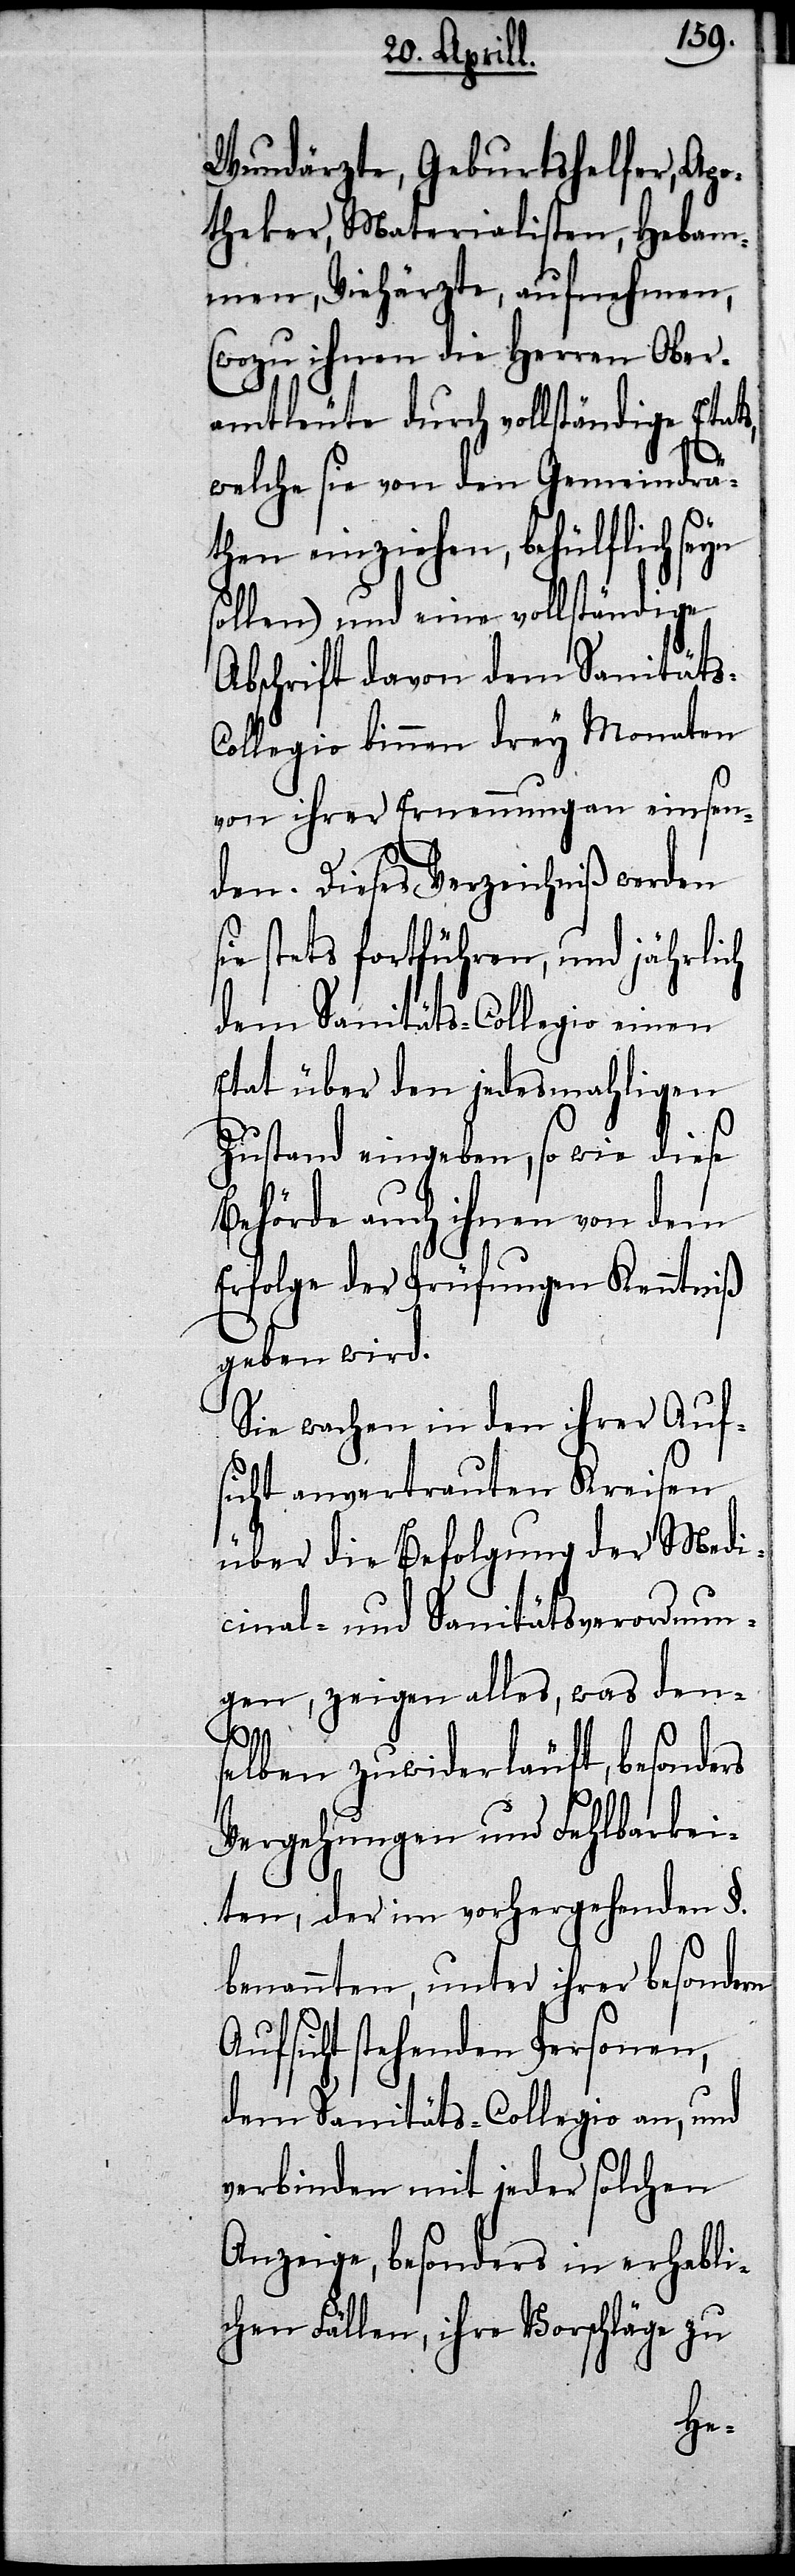
Wundärzte, Geburtshelfer, Apo¬
theker, Materialisten, Hebam¬
men, Viehärzte, aufnehmen,
(wozu ihnen die Herren Ober¬
amtleute durch vollständige Etats,
welche sie von den Gemeindrä¬
then einziehen, behülflich se¬
sollen) und eine vollständige
Abschrift davon dem Sanitäts-C¬
ollegio binnen drey Monaten
von ihrer Ernennung einsen¬
den. Dieses Verzeichniß werden
ie stets fortführen, und jährlich
dem Sanitäts-Collegio einen
Etat über den jedesmahligen
Zustand eingeben, so wie diese
Behörde auch ihnen von dem
Erfolge der Prüfungen Kenntniß
geben wird.
Sie wachen in den ihrer Auf¬
sicht anvertrauten Kreisen
über die Befolgung der Medi¬
cinal- und Sanitätsverordnun¬
gen, zeigen alles, was den¬
s¬
elben zuwiderläuft, besonders
Vergehungen und Fehlbarkei¬
ten, der im vorhergehenden §.
benannten, unter ihrer besondern
Aufsicht stehenden Personen,
dem Sanitäts-Collegio an, und
verbinden mit jeder solchen
Anzeige, besonders in erhebli¬
chen Fällen, ihre Vorschläge zu